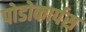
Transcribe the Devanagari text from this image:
पोडोकार्पस